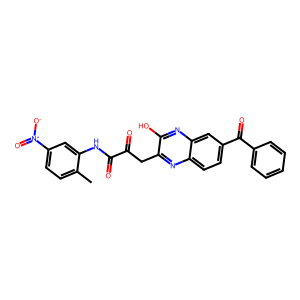
SMILES: Cc1ccc([N+](=O)[O-])cc1NC(=O)C(=O)Cc1nc2ccc(C(=O)c3ccccc3)cc2nc1O
Inhibits HIV replication: No